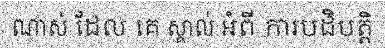
ណាស់ ដែល គេ ស្គាល់ អំពី ការបដិបត្តិ